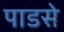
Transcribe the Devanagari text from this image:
पाडसे